Juri_Uluots, lk 20
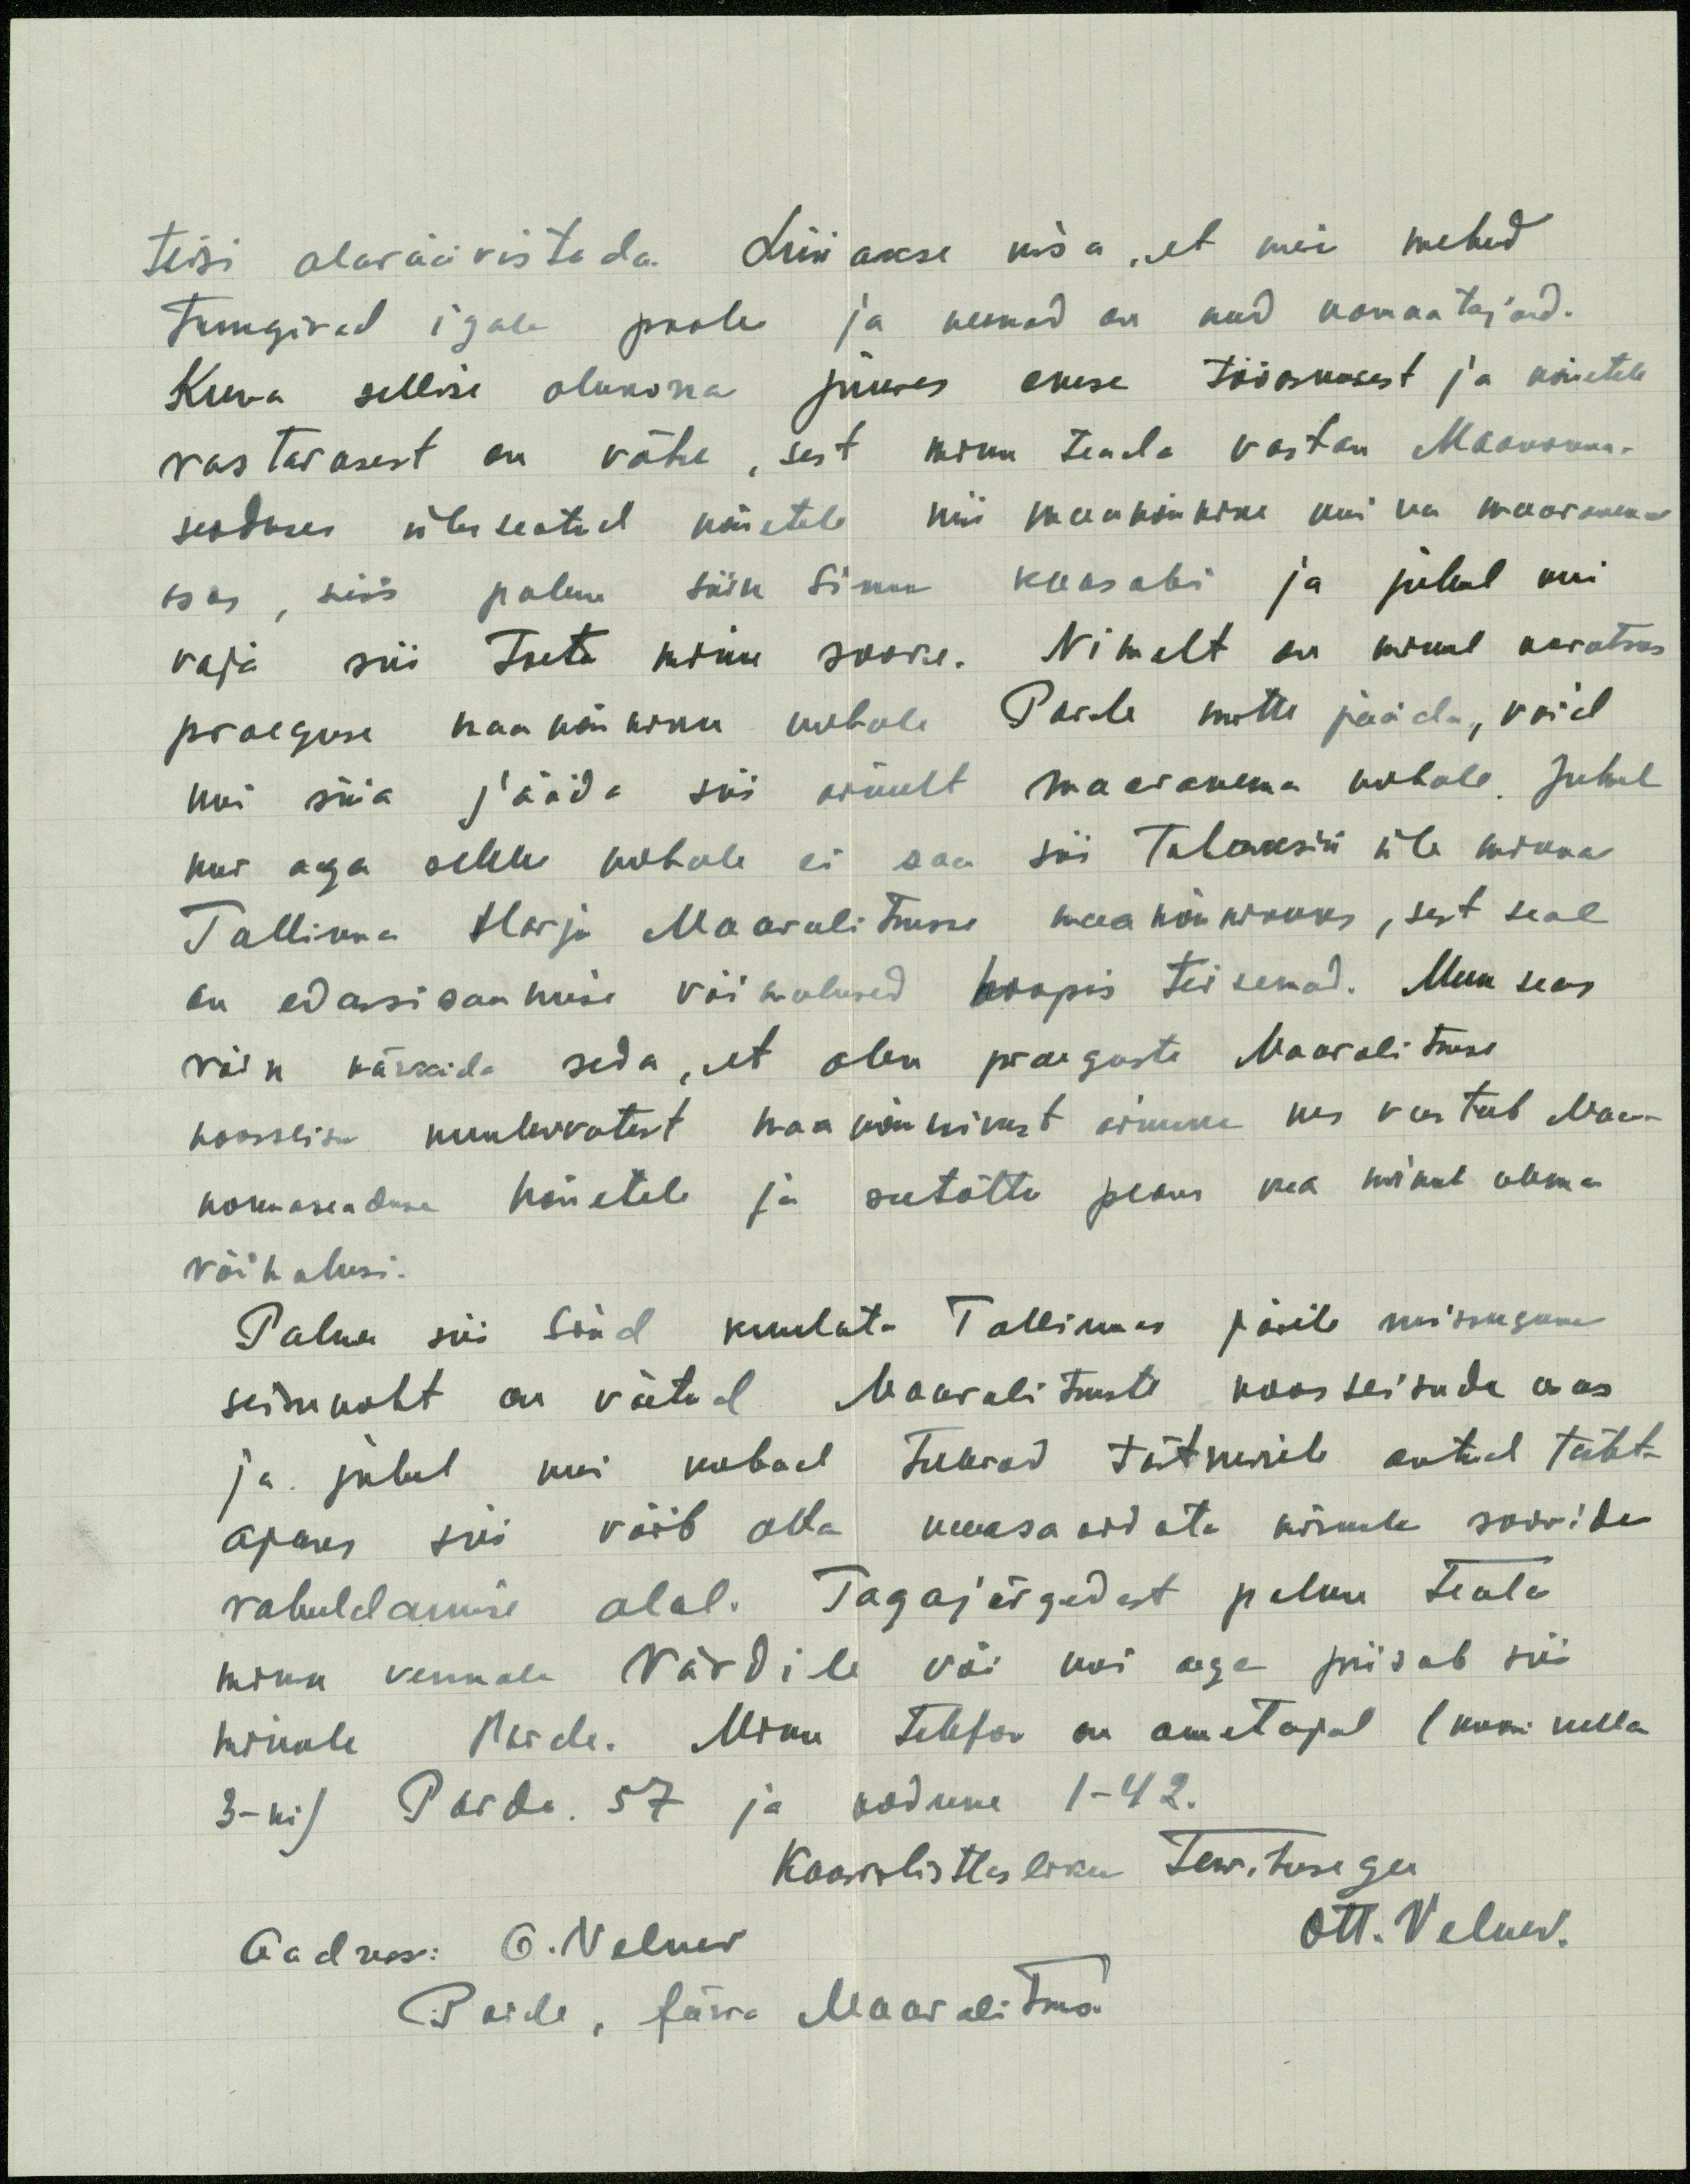
teisi alavääristada. Lüüakse kisa, et meie mehed
tungivad igale poole ja nemad on need kannatajad.
Kuna sellise olukorra juures enese tööoskusest ja nõutele
vastavusest on vähe, sest minu teada vastan Maakonna-
seaduses üles seatud nõuetele nii maanõuniku kui ma maavanema
osas, siis palun siin Sinu kaasabi ja juhul kui
vaja siis toeta minu soove. Nimelt on minul kavatsus
praeguse maanõuniku kohale Paide mitte jääda, vaid
kui siia jääda siis ainult maavanema kohale. Juhul
kui aga selele kohale ei saa siis tahaksin üle minna
Tallinna Harju Maavalitsusse maanõunikuks, sest seal
on edasisaamise võimalused hoopis teisemad. Muu seas
võin märkida seda, et olen praeguste Maavalitsuse
koosseisu kuuluvatest maanõunikest ainuke kes vastab Maa-
konnaseaduse nõuetele ja seetõttu peaks ka minul olema
võimalusi.
Palun siis Sind kuulata Tallinnas järile missugune
seisukoht on võetud Maavalitsuste koosseisude osas
ja juhul kui kohad tulevad täitmisele antud täht-
ajaks siis võib olla kaasa aidata minule soovide
rahuldamise alal. Tagajärgedest palun teata
minu vennale Värdile või kui aga piisab siis
minule Paide. Minu telefon on ametajal (kuni kella
3-ni) Paide. 57 ja kodune 1-42.
Kaasvilistlasliku Tervitusega
Aadress: O. Velner
Ott. Velner.
Paide, Järva Maavalitsus.